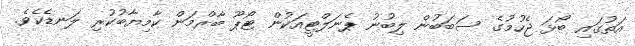
އަތުގައި ބޯޅަ ޖެހުމުގެ ސަބަބުން ލިބުނު ޕެނަލްޓީއަކުން ޓޯޕޫ ބާރްމަން ކާމިޔާބުކުރި ލަނޑެކެވެ.